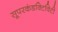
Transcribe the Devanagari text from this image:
सूपरकंडक्टिविटी